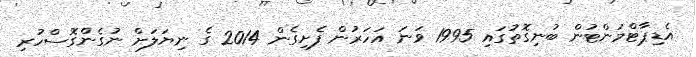
އެޑިޕާޓްމަންޓުން ބުނިގޮތުގައި 1995 ވަނަ އަހަރުން ފެށިގެން 2014 ގެ ނިޔަލަށް ނުގެންގޮސްހުރި